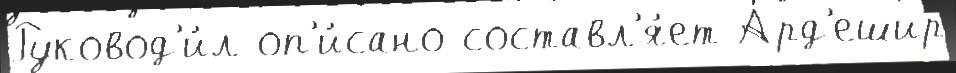
Руковод'и́л оп'и́сано составл'я́ет Ард'ешир